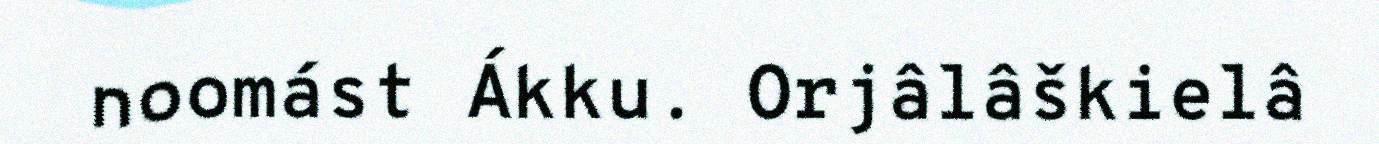
noomást Ákku. Orjâlâškielâ